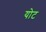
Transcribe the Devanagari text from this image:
योट